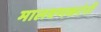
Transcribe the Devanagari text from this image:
मालवणकरंनी